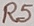
Text: R5